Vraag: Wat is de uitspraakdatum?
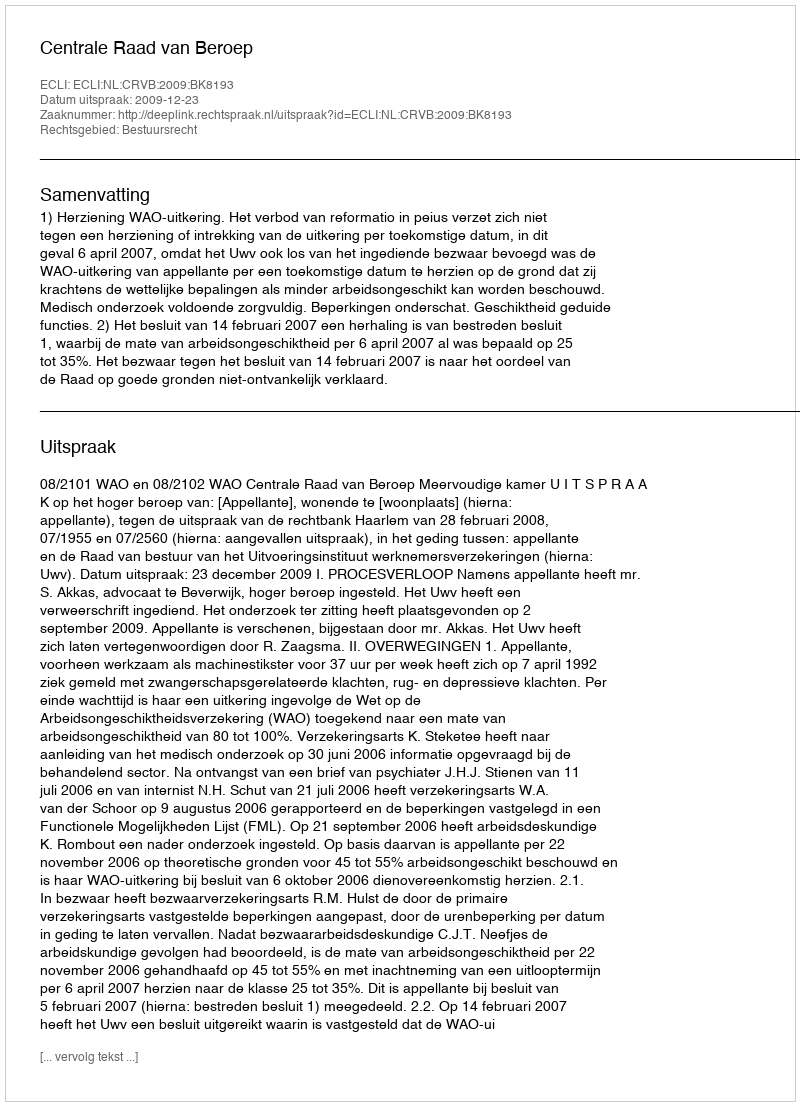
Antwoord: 2009-12-23